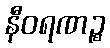
နီဝရဏဉ္စ